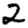
Digit: 2